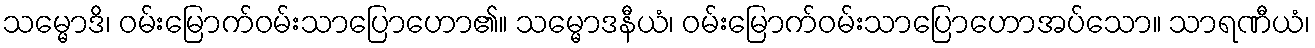
သမ္မောဒိ၊ ဝမ်းမြောက်ဝမ်းသာပြောဟော၏။ သမ္မောဒနီယံ၊ ဝမ်းမြောက်ဝမ်းသာပြောဟောအပ်သော။ သာရဏီယံ၊